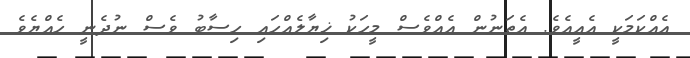
އެއްކަމަކީ އެއީއެވެ. އެތަނުން އެއްވެސް މީހަކު ޚިޔާލެއްހައި ހިސާބު ވެސް ނުދެނީ ހެއްޔެވެ